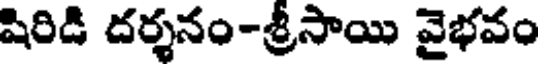
షిరిడి దర్శనం-శ్రీసాయి వైభవం